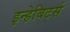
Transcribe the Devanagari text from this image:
इन्हेबिटर्स